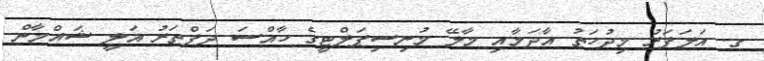
ގ. އަލަފަރު މިދުހަތު އާދަމާއި މާލޭ މުނިސިޕަލްޓީގެ ހާއްސަ ދަފްތަރު އަލީ ޝައްމާން